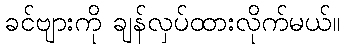
ခင်ဗျားကို ချန်လှပ်ထားလိုက်မယ်။